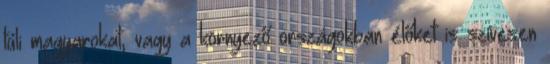
túli magyarokat, vagy a környező országokban élőket is szívesen